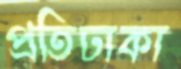
প্রতিঢাকা